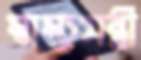
স্বাস্থ্যমন্ত্রী